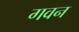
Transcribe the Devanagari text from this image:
गवन